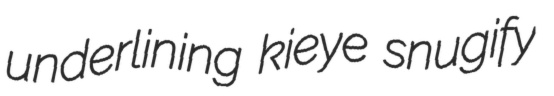
underlining kieye snugify